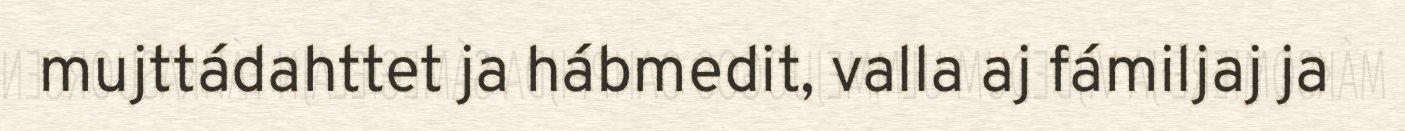
mujttádahttet ja hábmedit, valla aj fámiljaj ja